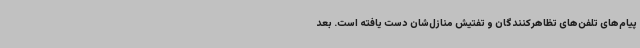
پیام‌های تلفن‌های تظاهرکنندگان و تفتیش منازل‌شان دست یافته است. بعد